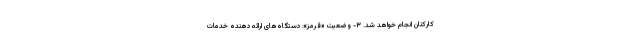
کارکنان انجام خواهد شد. ۳- وضعیت «قرمز»: دستگاه‌های ارائه دهنده خدمات